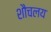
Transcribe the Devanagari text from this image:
शौचलय